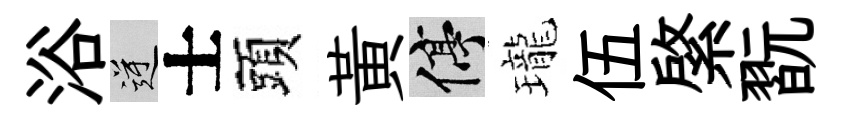
浴逆士頭黄停瓏伍綮翫